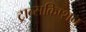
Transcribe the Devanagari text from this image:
ट्रान्सक्रिप्शन